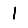
Digit: 1